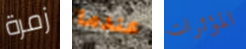
زمرة عندما المؤثرات